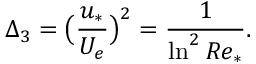
\Delta _ { 3 } = \big ( \frac { u _ { * } } { U _ { e } } \big ) ^ { 2 } = \frac { 1 } { \ln ^ { 2 } R e _ { * } } . \